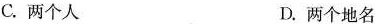
C.两个人 D.两个地名